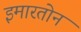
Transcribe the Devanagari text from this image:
इमारतोन